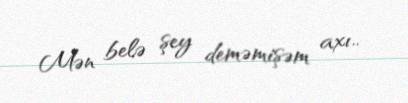
Mən belə şey deməmişəm axı..